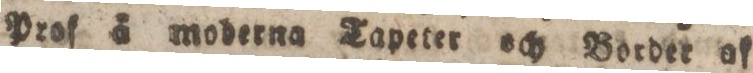
Prof å moderna Tapeter och Border af